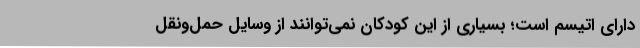
دارای اتیسم است؛ بسیاری از این کودکان نمی‌توانند از وسایل حمل‌و‌نقل